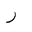
Letter: _ra